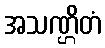
အသဏ္ဌိတံ